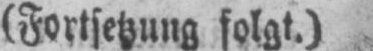
(Fortsetzung folgt.)